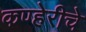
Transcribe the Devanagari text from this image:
कण्हेरीचे